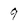
Character: 9